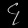
Digit: ၄